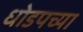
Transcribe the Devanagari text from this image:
धोडपच्या